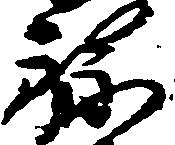
禄